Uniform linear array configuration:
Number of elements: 64
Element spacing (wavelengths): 0.5
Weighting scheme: exponential
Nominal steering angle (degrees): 15
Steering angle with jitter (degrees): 14.49
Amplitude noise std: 0.05
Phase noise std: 0.05

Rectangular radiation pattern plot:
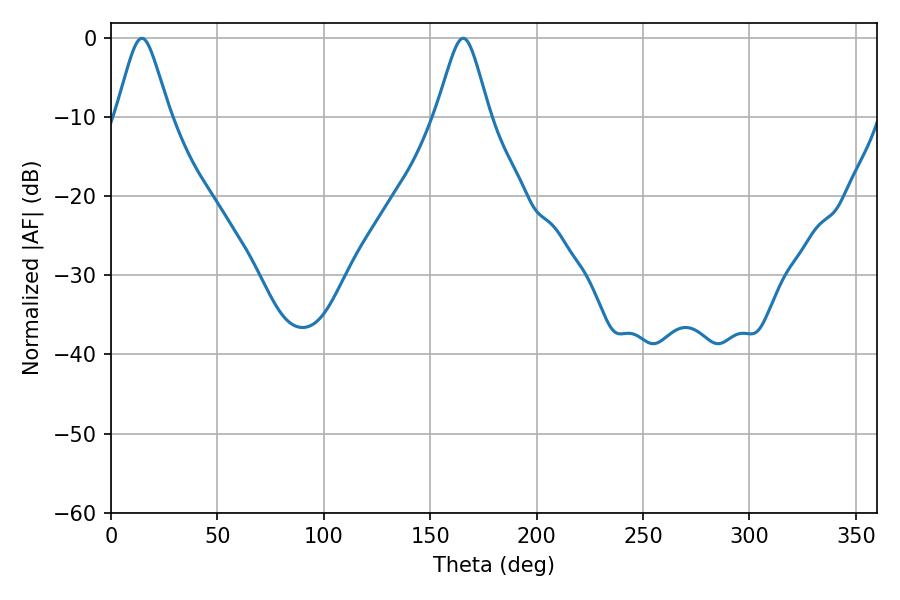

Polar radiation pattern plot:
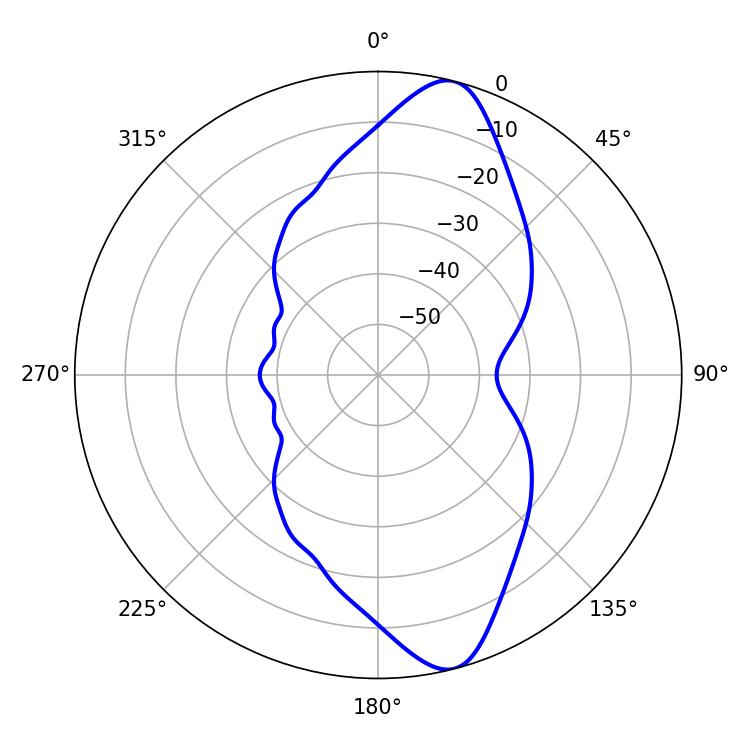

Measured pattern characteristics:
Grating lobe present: FALSE
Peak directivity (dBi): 11.749
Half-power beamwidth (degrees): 11.88
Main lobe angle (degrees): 14.58